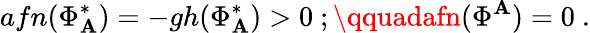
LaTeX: afn(\Phi_{\mathbf{A}}^{*})=-gh(\Phi_{\mathbf{A}}^{*})>0\ ;\qquadafn(\Phi^{\mathbf{A}})=0\ .